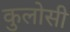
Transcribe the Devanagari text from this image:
कुलोसी